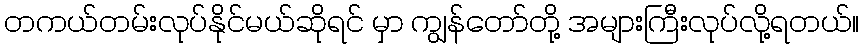
တကယ်တမ်းလုပ်နိုင်မယ်ဆိုရင် မှာ ကျွန်တော်တို့ အများကြီးလုပ်လို့ရတယ်။